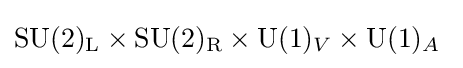
\mathrm {SU} (2)_{\text{L}}\times \mathrm {SU} (2)_{\text{R}}\times \mathrm {U} (1)_{V}\times \mathrm {U} (1)_{A}~